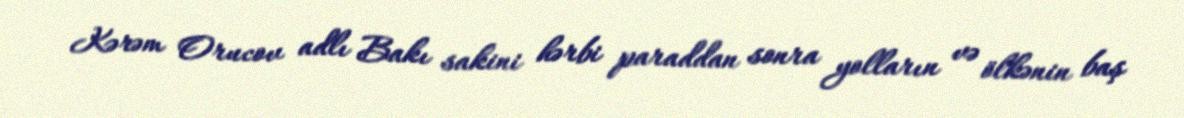
Kərəm Orucov adlı Bakı sakini hərbi paraddan sonra yolların və ölkənin baş